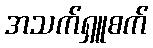
အသက်ရှူစက်